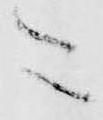
ニ